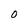
Character: O